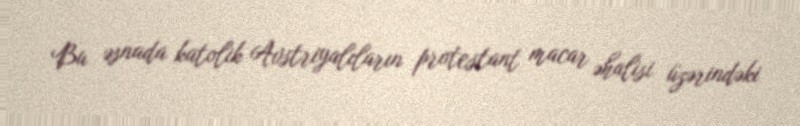
Bu əsnada katolik Avstriyalıların protestant macar əhalisi üzərindəki